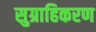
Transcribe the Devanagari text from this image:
सुग्राहिकरण